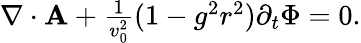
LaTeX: \begin{array}{r}{{\mathbf\nabla}\cdot{\mathbf A}+\frac{1}{v_{0}^{2}}(1-g^{2}r^{2})\partial_{t}\Phi=0.}\end{array}